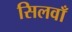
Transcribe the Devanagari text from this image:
सिलवाँ